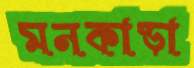
মনকাড়া